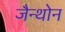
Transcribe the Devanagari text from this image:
जैन्थोन